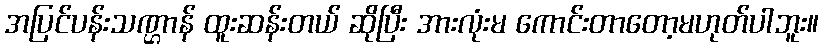
အပြင်ပန်းသဏ္ဌာန် ထူးဆန်းတယ် ဆိုပြီး အားလုံးမ ကောင်းတာတော့မဟုတ်ပါဘူး။